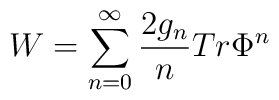
W = \sum_{n=0}^{\infty} \frac{2 g_{n}}{n} Tr \Phi^n